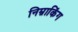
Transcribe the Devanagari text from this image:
निम्नाकिंग